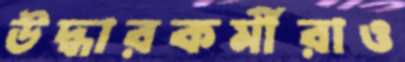
উদ্ধারকর্মীরাও